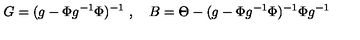
G = ( g - \Phi g ^ { - 1 } \Phi ) ^ { - 1 } \ , \quad B = \Theta - ( g - \Phi g ^ { - 1 } \Phi ) ^ { - 1 } \Phi g ^ { - 1 }